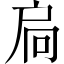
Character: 扃